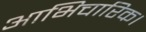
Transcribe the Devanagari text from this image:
आभिचारिक।